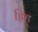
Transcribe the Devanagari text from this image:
ह्रिह्